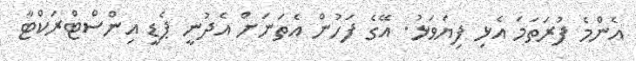
އެންމެ ފުރަތަމަ އެޅި ފިޔަވަޅު. އޭގެ ފަހުން އެތަނަށް އެދުނީ ޕެޑީ އިންސްޓްރަކްޓާ